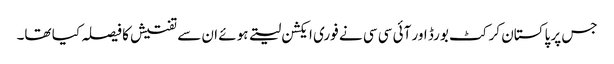
جس پر پاکستان کرکٹ بورڈ اور آئی سی سی نے فوری ایکشن لیتے ہوئے ان سے تفتیش کا فیصلہ کیا تھا۔